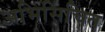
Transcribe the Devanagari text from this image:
अभिसिंचित